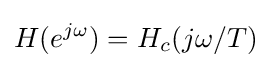
H(e^{j\omega })=H_{c}(j\omega /T)